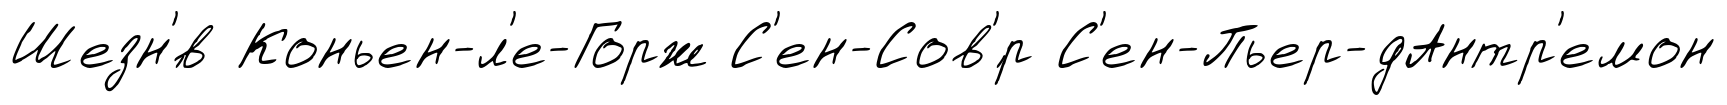
Шезн'́в Коньен-л'е-Горж С'ен-Сов'́р С'ен-Пьер-дАнтр'емон